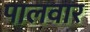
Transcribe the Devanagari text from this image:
पालवार